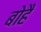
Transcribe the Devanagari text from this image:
बोहै